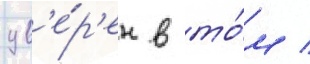
ув'е́р'ен в то́м /